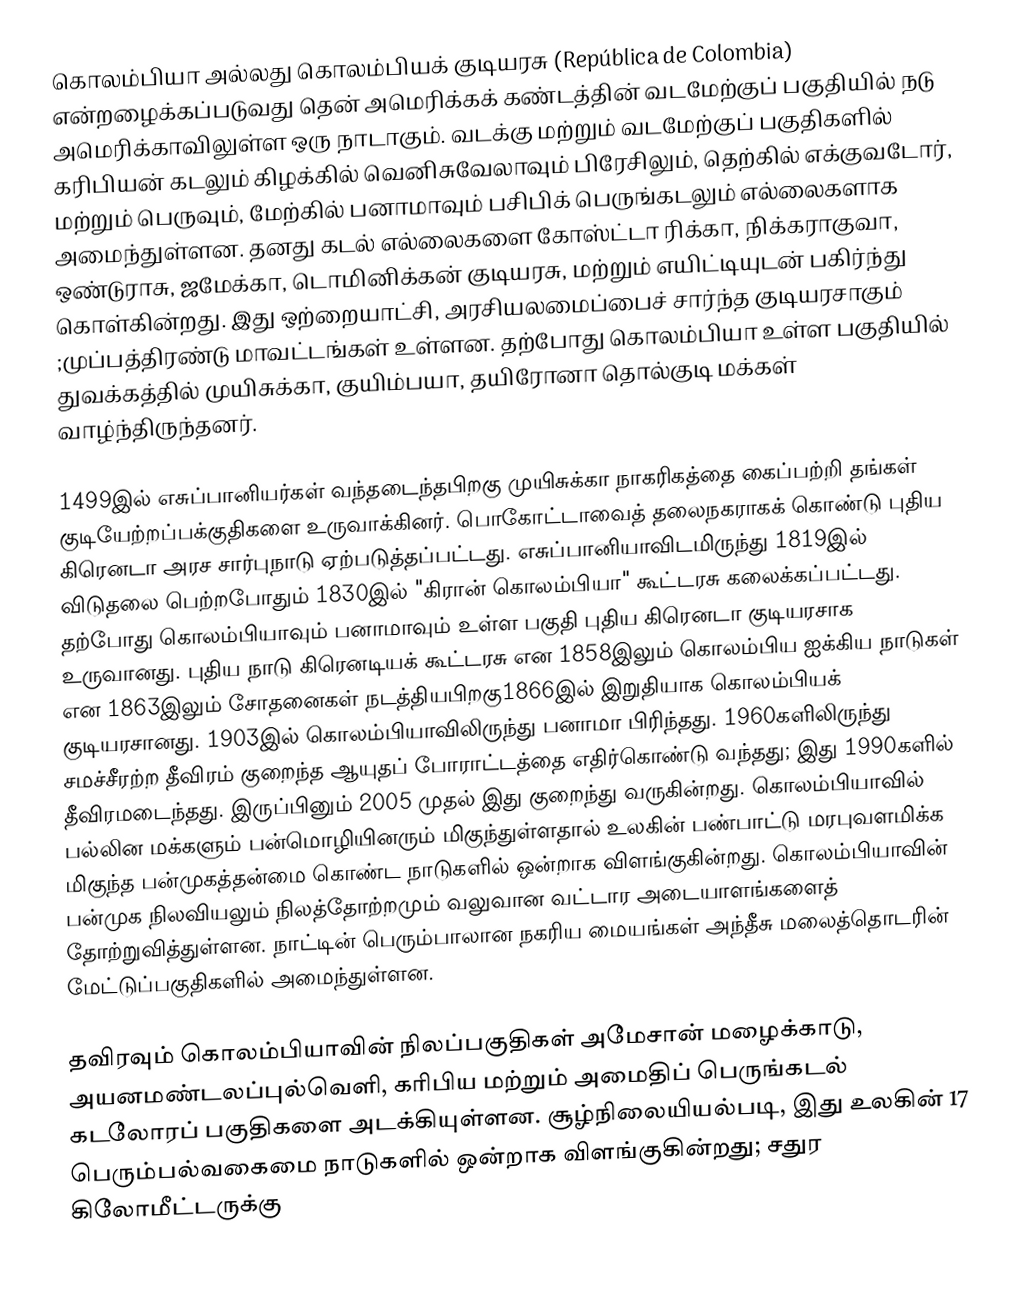
கொலம்பியா அல்லது கொலம்பியக் குடியரசு (República de Colombia) என்றழைக்கப்படுவது தென் அமெரிக்கக் கண்டத்தின் வடமேற்குப் பகுதியில் நடு அமெரிக்காவிலுள்ள ஒரு நாடாகும். வடக்கு மற்றும் வடமேற்குப் பகுதிகளில் கரிபியன் கடலும் கிழக்கில் வெனிசுவேலாவும் பிரேசிலும், தெற்கில் எக்குவடோர், மற்றும் பெருவும், மேற்கில் பனாமாவும் பசிபிக் பெருங்கடலும் எல்லைகளாக அமைந்துள்ளன.  தனது கடல் எல்லைகளை கோஸ்ட்டா ரிக்கா, நிக்கராகுவா, ஒண்டுராசு, ஜமேக்கா,  டொமினிக்கன் குடியரசு, மற்றும் எயிட்டியுடன் பகிர்ந்து கொள்கின்றது. இது ஒற்றையாட்சி, அரசியலமைப்பைச் சார்ந்த குடியரசாகும் ;முப்பத்திரண்டு மாவட்டங்கள் உள்ளன. தற்போது கொலம்பியா  உள்ள பகுதியில் துவக்கத்தில் முயிசுக்கா, குயிம்பயா, தயிரோனா தொல்குடி மக்கள்  வாழ்ந்திருந்தனர்.

1499இல் எசுப்பானியர்கள் வந்தடைந்தபிறகு முயிசுக்கா நாகரிகத்தை கைப்பற்றி தங்கள் குடியேற்றப்பக்குதிகளை உருவாக்கினர். பொகோட்டாவைத் தலைநகராகக் கொண்டு புதிய கிரெனடா  அரச சார்புநாடு ஏற்படுத்தப்பட்டது.  எசுப்பானியாவிடமிருந்து 1819இல் விடுதலை பெற்றபோதும்  1830இல்  "கிரான் கொலம்பியா" கூட்டரசு கலைக்கப்பட்டது. தற்போது கொலம்பியாவும் பனாமாவும் உள்ள பகுதி புதிய கிரெனடா குடியரசாக உருவானது.  புதிய நாடு கிரெனடியக் கூட்டரசு என 1858இலும் கொலம்பிய ஐக்கிய நாடுகள் என 1863இலும்  சோதனைகள் நடத்தியபிறகு1866இல் இறுதியாக கொலம்பியக் குடியரசானது. 1903இல் கொலம்பியாவிலிருந்து பனாமா பிரிந்தது.  1960களிலிருந்து சமச்சீரற்ற தீவிரம் குறைந்த ஆயுதப் போராட்டத்தை எதிர்கொண்டு வந்தது; இது 1990களில் தீவிரமடைந்தது. இருப்பினும் 2005 முதல் இது குறைந்து வருகின்றது. கொலம்பியாவில் பல்லின மக்களும் பன்மொழியினரும் மிகுந்துள்ளதால் உலகின் பண்பாட்டு மரபுவளமிக்க மிகுந்த பன்முகத்தன்மை கொண்ட நாடுகளில்  ஒன்றாக விளங்குகின்றது. கொலம்பியாவின் பன்முக நிலவியலும் நிலத்தோற்றமும் வலுவான வட்டார அடையாளங்களைத் தோற்றுவித்துள்ளன.  நாட்டின் பெரும்பாலான நகரிய மையங்கள்  அந்தீசு மலைத்தொடரின் மேட்டுப்பகுதிகளில் அமைந்துள்ளன.

தவிரவும் கொலம்பியாவின் நிலப்பகுதிகள் அமேசான் மழைக்காடு, அயனமண்டலப்புல்வெளி, கரிபிய மற்றும் அமைதிப் பெருங்கடல் கடலோரப் பகுதிகளை அடக்கியுள்ளன.  சூழ்நிலையியல்படி, இது உலகின் 17 பெரும்பல்வகைமை நாடுகளில் ஒன்றாக விளங்குகின்றது; சதுர கிலோமீட்டருக்கு